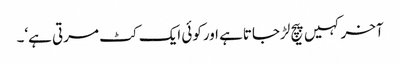
آخرکہیں پیچ لڑجاتاہے اورکوئی ایک کٹ مرتی ہے‘۔